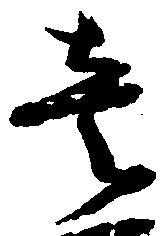
壱